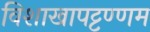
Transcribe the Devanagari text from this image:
विशाखापट्टण्णम